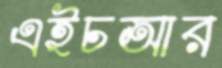
এইচআর